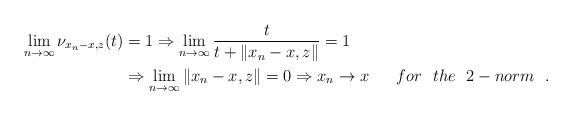
LaTeX: \begin{align*}\lim_{n\rightarrow \infty} \nu_{x_n-x, z}(t) & = 1\Rightarrow \displaystyle\lim_{n\rightarrow \infty}\frac{t}{t+\|x_n-x,z\|} = 1\\& \Rightarrow \displaystyle\lim_{n\rightarrow \infty} \|x_n-x, z\|=0\Rightarrow x_n\rightarrow x\textrm \quad{~~ for~~ the ~~ 2-norm ~~}.\end{align*}